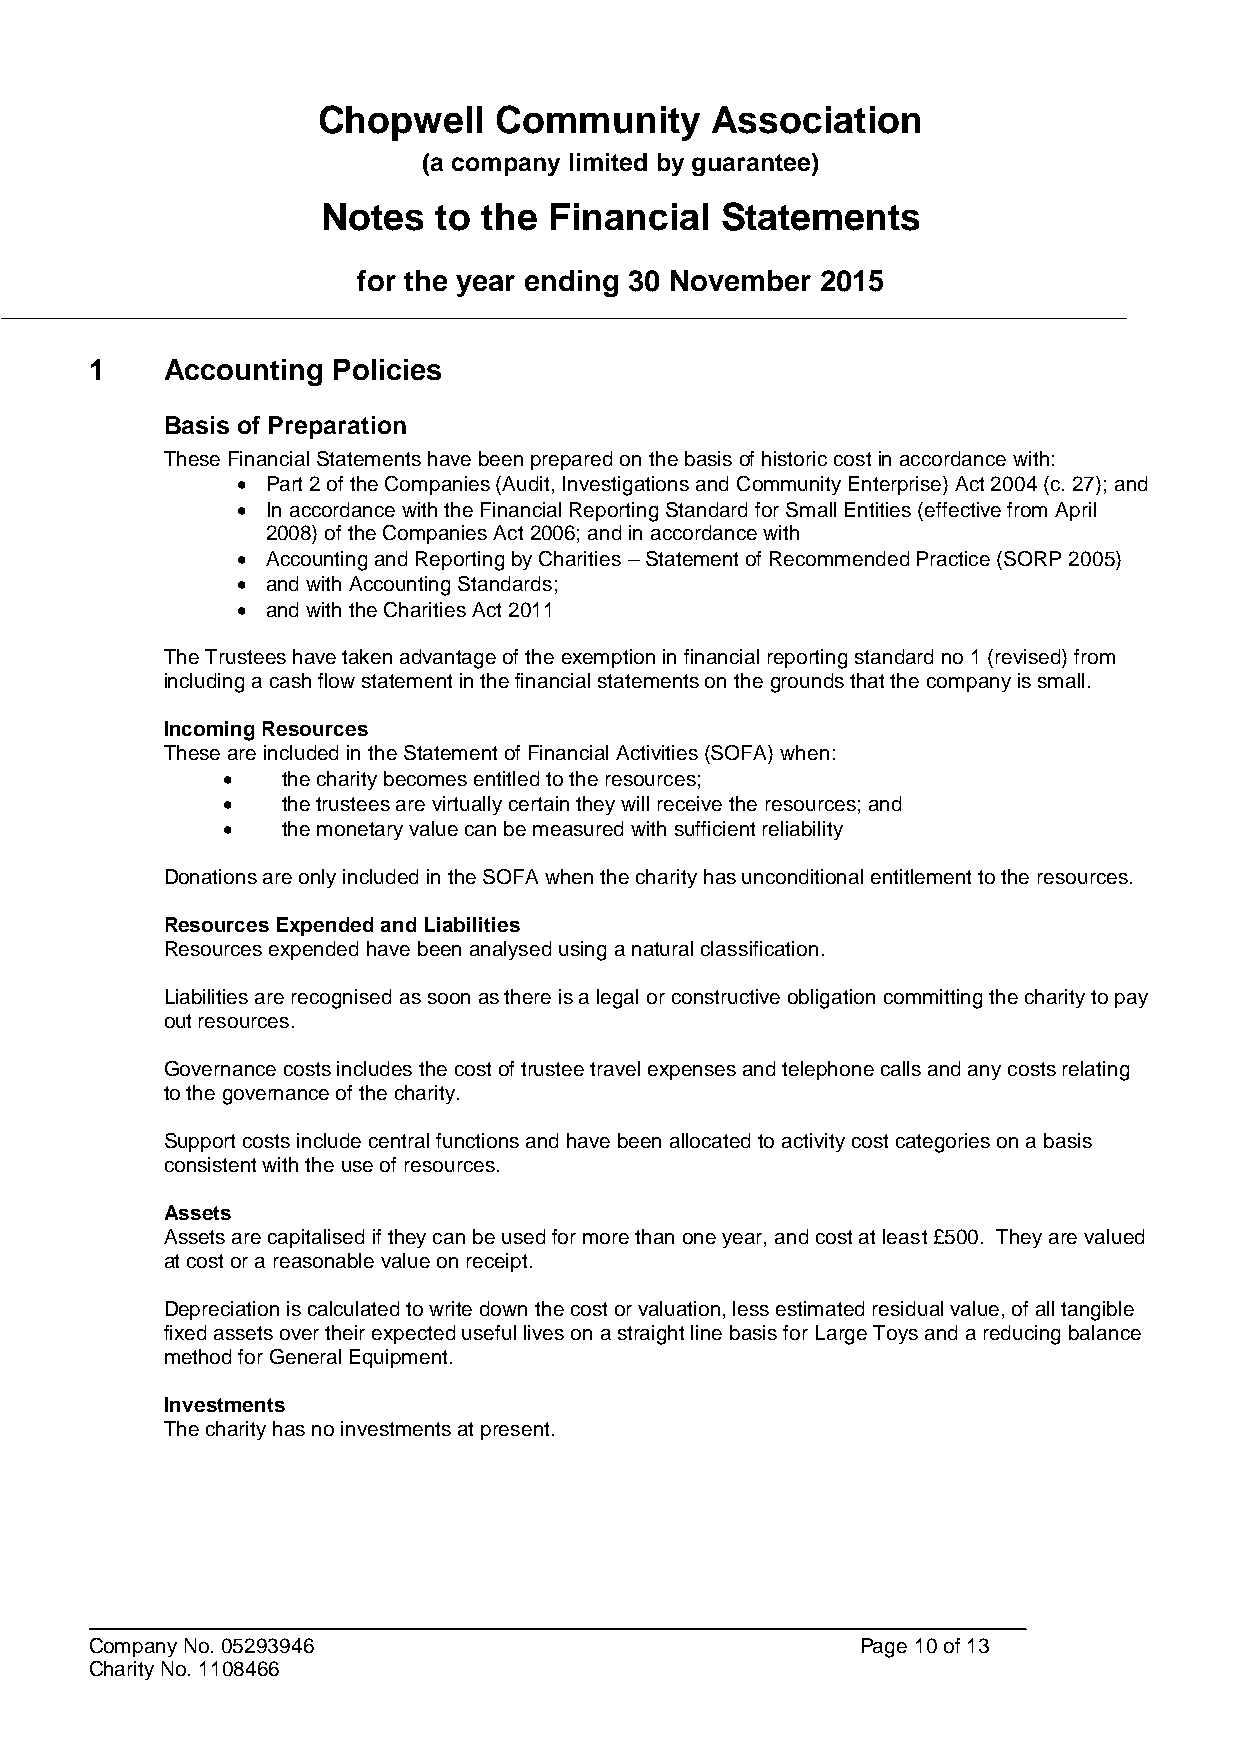
Chopwell    Community     Association
 (a company limited by guarantee)
 Notes   to the Financial   Statements
 for the year ending 30 November 2015
 1    Accounting Policies
 Basis of Preparation
 These Financial Statements have been prepared on the basis of historic cost in accordance with:
  Part 2 of the Companies (Audit, Investigations and Community Enterprise) Act 2004 (c. 27); and
  In accordance with the Financial Reporting Standard for Small Entities (effective from April
 2008) of the Companies Act 2006; and in accordance with
  Accounting and Reporting by Charities – Statement of Recommended Practice (SORP 2005)
  and with Accounting Standards;
  and with the Charities Act 2011
 The Trustees have taken advantage of the exemption in financial reporting standard no 1 (revised) from
 including a cash flow statement in the financial statements on the grounds that the company is small.
 Incoming Resources
 These are included in the Statement of Financial Activities (SOFA) when:
    the charity becomes entitled to the resources;
    the trustees are virtually certain they will receive the resources; and
    the monetary value can be measured with sufficient reliability
 Donations are only included in the SOFA when the charity has unconditional entitlement to the resources.
 Resources Expended and Liabilities
 Resources expended have been analysed using a natural classification.
 Liabilities are recognised as soon as there is a legal or constructive obligation committing the charity to pay
 out resources.
 Governance costs includes the cost of trustee travel expenses and telephone calls and any costs relating
 to the governance of the charity.
 Support costs include central functions and have been allocated to activity cost categories on a basis
 consistent with the use of resources.
 Assets
 Assets are capitalised if they can be used for more than one year, and cost at least £500. They are valued
 at cost or a reasonable value on receipt.
 Depreciation is calculated to write down the cost or valuation, less estimated residual value, of all tangible
 fixed assets over their expected useful lives on a straight line basis for Large Toys and a reducing balance
 method for General Equipment.
 Investments
 The charity has no investments at present.
 Company No. 05293946                               Page 10 of 13
 Charity No. 1108466